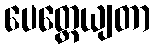
ပေတ္တေယျတာ